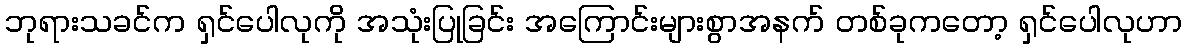
ဘုရားသခင်က ရှင်ပေါလုကို အသုံးပြုခြင်း အကြောင်းများစွာအနက် တစ်ခုကတော့ ရှင်ပေါလုဟာ